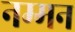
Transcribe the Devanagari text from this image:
नम्मन